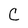
Character: C